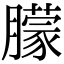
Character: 朦